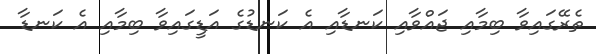
ތެރޭގައިވާ ބިމާއި ޖައްވާއި ކަނޑާއި އެ ކަނޑުގެ އަޑީގައިވާ ބިމާއި އެ ކަނޑާ